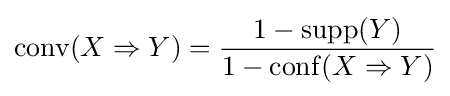
\mathrm {conv} (X\Rightarrow Y)={\frac {1-\mathrm {supp} (Y)}{1-\mathrm {conf} (X\Rightarrow Y)}}